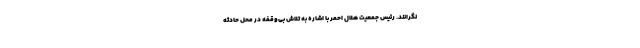
نگرانند. رئیس جمعیت هلال احمر با اشاره به تلاش بی‌وقفه در محل حادثه